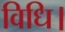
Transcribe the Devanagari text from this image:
विधि।